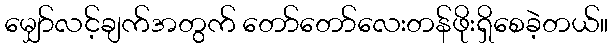
မျှော်လင့်ချက်အတွက် တော်တော်လေးတန်ဖိုးရှိစေခဲ့တယ်။